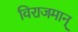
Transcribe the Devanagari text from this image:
विराजमान्